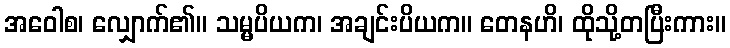
အဝေါစ၊ လျှောက်၏။ သမ္မပိယက၊ အချင်းပိယက။ တေနဟိ၊ ထိုသို့တပြီးကား။